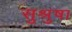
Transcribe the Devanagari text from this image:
सुश्रुषा